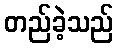
တည်ခဲ့သည်